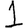
Digit: 1